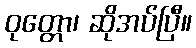
ဝုတ္တော၊ ဆိုအပ်ပြီ။